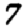
Digit: 7